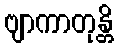
ဗျာကာတုန္တိ